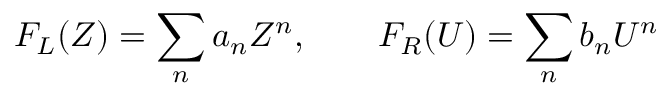
F _ { L } ( Z ) = \sum _ { n } a _ { n } Z ^ { n } , ~ ~ ~ ~ ~ ~ F _ { R } ( U ) = \sum _ { n } b _ { n } U ^ { n }